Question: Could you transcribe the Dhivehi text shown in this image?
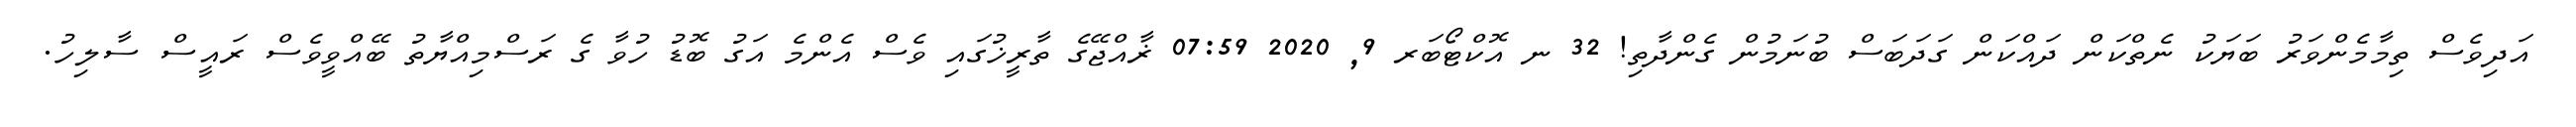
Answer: އަދިވެސް ތިމާމެންވަރު ބަޔަކު ނެތްކަން ދައްކަން ގަދަބަސް ބުނަމުން ގެންދާތި! 32 ނ އޮކްޓޯބަރ 9, 2020 07:59 ޜާއްޖޭގެ ތާރީޚުގައި ވެސް އެންމެ އަގު ބޮޑު ހުވާ ގެ ރަސްމިއްޔާތު ބޭއްވީވެސް ރައީސް ސާލިހު.